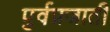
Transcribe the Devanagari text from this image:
पुर्वप्रजाती